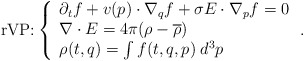
\begin{align*}\textrm{rVP:} \left\{ \begin{array}{l} \partial_t f + v(p)\cdot \nabla_q f + \sigma E\cdot\nabla_p f = 0\\\nabla\cdot E = 4\pi (\rho - \overline{\rho})\\\rho(t,q) = \int f(t,q,p)\;d^3p \end{array}\right. .\end{align*}